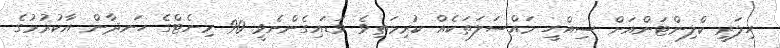
ހިލަރީ ކްލިންޓަންއަށް ސިއްހީ މައްސަލަތަކެއް ކުރިމަތިވެ ވަޑައިގެންނެވީ 90 މިނެޓްގެ ހަނދާން އާކުރުމުގެ